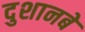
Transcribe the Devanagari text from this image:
दुशानबे